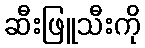
ဆီးဖြူသီးကို